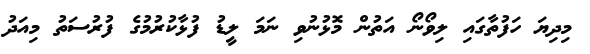
މިދިޔަ ހަފުތާގައި ލިވޯނޯ އަތުން މޮޅުނުވި ނަަމަ ލީޑު ފުޅާކުރުމުގެ ފުރުސަތު މިއަދު